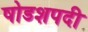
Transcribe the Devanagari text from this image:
षोडशपदी